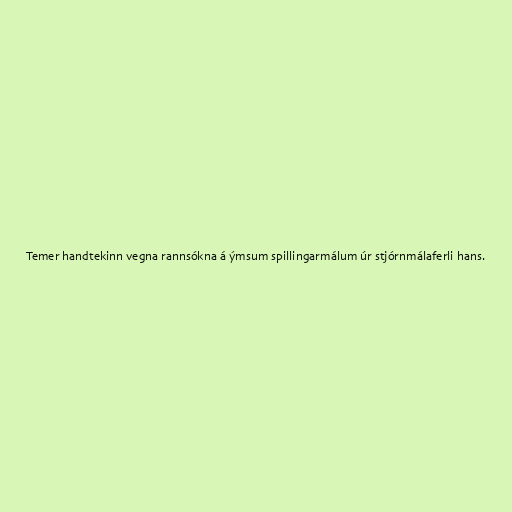
Temer handtekinn vegna rannsókna á ýmsum spillingarmálum úr stjórnmálaferli hans.